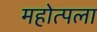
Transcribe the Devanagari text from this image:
महोत्पला